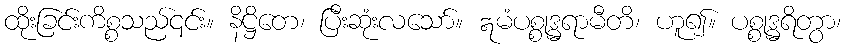
ထိုးခြင်းကိစ္စသည်၎င်း။ နိဋ္ဌိတေ၊ ပြီးဆုံးလသော်။ ဣမံပစ္စုဒ္ဓရာမီတိ၊ ဟူ၍။ ပစ္စုဒ္ဓရိတွာ၊